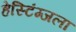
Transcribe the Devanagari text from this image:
हेस्टिंग्जला